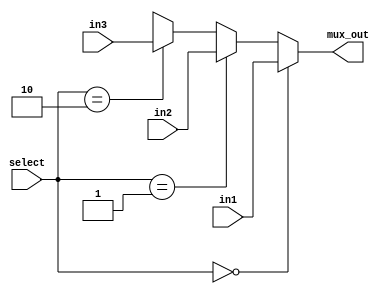
module mux_3channel (
    mux_out,
    in1,
    in2,
    in3,
    select
);

parameter DATAWIDTH = 8;
output [DATAWIDTH - 1:0] mux_out;
input [DATAWIDTH - 1:0] in1, in2, in3;
input [1:0] select;

assign mux_out = (select == 0) ? in1 : (select == 1) 
                               ? in2 : (select == 2)
                               ? in3 : 'bx; 
    
endmodule